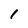
Character: 1